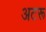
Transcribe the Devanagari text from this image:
अटरू